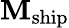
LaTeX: \mathbf{M}_{\mathrm{{ship}}}